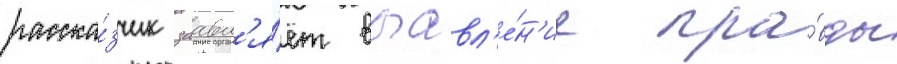
расска́зчик заавл'я́ет выавл'е́н'ие пра́вды